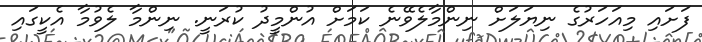
ފަށައި މިއަހަރުގެ ނިޔަލަށް ނިންމާލެވޭނެ ކަމަށް އުންމީދު ކުރަނީ. ނިންމާ ލެވުމާ އެކީގައި